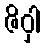
ဇိဝှါ